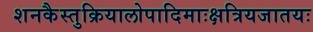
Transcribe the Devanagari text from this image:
शनकैस्तुक्रियालोपादिमाःक्षत्रियजातयः